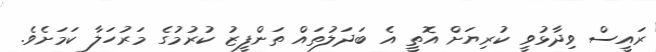
ރައީސް ވިދާޅުވީ ކުރިޔަށް އޮތީ އެ ބަދަލުތައް ތަންފީޒު ކުރުމުގެ މަރުހަލާ ކަމަށެވެ.